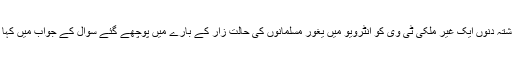
پاکستان کے وزیراعظم عمران خان نے بھی گذشتہ دنوں ایک غیر ملکی ٹی وی کو انٹرویو میں یغور مسلمانوں کی حالت زار کے بارے میں پوچھے گئے سوال کے جواب میں کہا تھا کہ وہ ان کے بارے میں زیادہ نہیں جانتے ۔